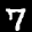
Label: 7